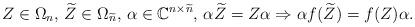
LaTeX: \begin{align*} Z \in \Omega_n, \, \widetilde Z \in \Omega_{\widetilde n}, \, \alpha \in {\mathbb C}^{n \times \widetilde n}, \, \alpha \widetilde Z = Z \alpha \Rightarrow \alpha f(\widetilde Z) = f(Z) \alpha.\end{align*}